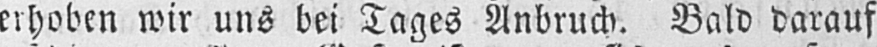
erhoben wir uns bei Tages Anbruch. Bald darauf